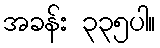
အခန်း ၃၃၅ပါ။